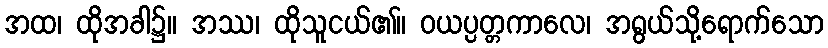
အထ၊ ထိုအခါ၌။ အဿ၊ ထိုသူငယ်၏။ ဝယပ္ပတ္တကာလေ၊ အရွယ်သို့ရောက်သော